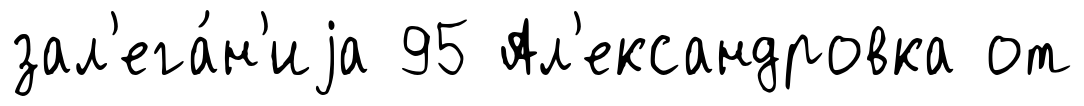
зал'ега́н'иjа 95 Ал'ександровка от